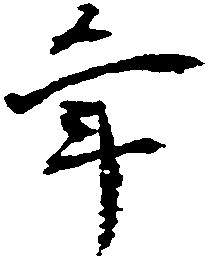
年